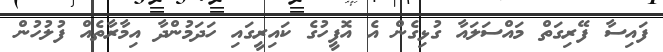
ފައިސާ ފޭރިގަތް މައްސަލައާ ގުޅިގެން އެ އޮފީހުގެ ކައިރީގައި ހަދަމުންދާ އިމާރާތެއް ފުލުހުން